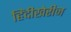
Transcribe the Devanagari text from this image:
हिंदीखेरीज